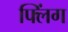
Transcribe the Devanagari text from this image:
फ्लिंग